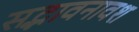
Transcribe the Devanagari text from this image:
सद्भावनावश